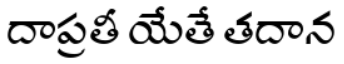
దాప్రతీ యేతే తదాన